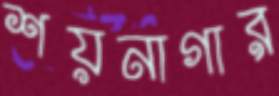
শয়নাগার